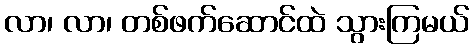
လာ၊ လာ၊ တစ်ဖက်ဆောင်ထဲ သွားကြမယ်